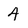
Character: 4